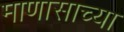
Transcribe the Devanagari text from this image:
माणासाच्या